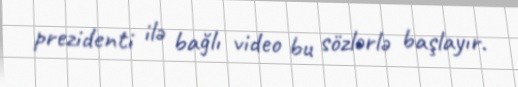
prezidenti ilə bağlı video bu sözlərlə başlayır.